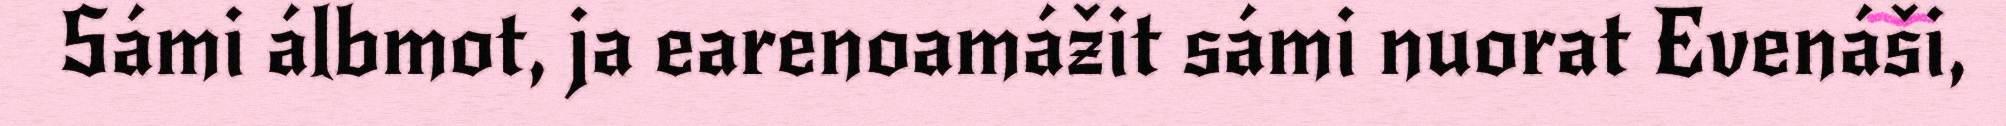
Sámi álbmot, ja earenoamážit sámi nuorat Evenáši,